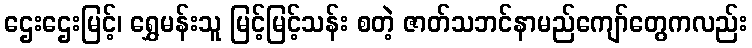
ဌေးဌေးမြင့်၊ ရွှေမန်းသူ မြင့်မြင့်သန်း စတဲ့ ဇာတ်သဘင်နာမည်ကျော်တွေကလည်း